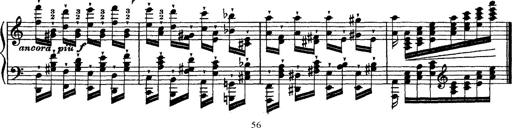
Title: Ã‰tudes d'exÃ©cution transcendante d'aprÃ¨s Paganini
Composer: Franz Liszt